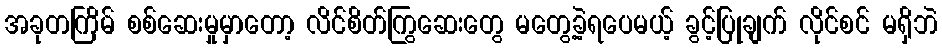
အခုတကြိမ် စစ်ဆေးမှုမှာတော့ လိင်စိတ်ကြွဆေးတွေ မတွေ့ခဲ့ရပေမယ့် ခွင့်ပြုချက် လိုင်စင် မရှိဘဲ